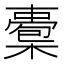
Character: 𣚇